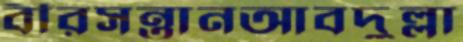
বীরসন্তানআবদুল্লা